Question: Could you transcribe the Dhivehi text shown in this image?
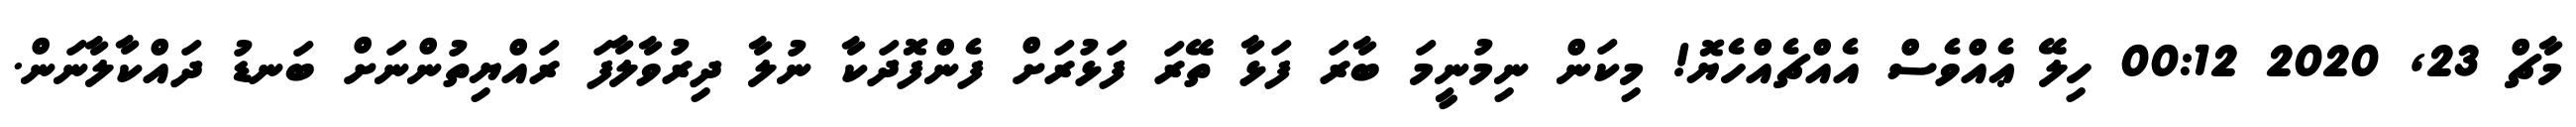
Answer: މާޗް 23, 2020 00:12 ހިލޭ ޢެއްވެސް އެއްޗެއްހެޔޮ! މިކަން ނިމުނީމަ ބާރަ ފަޅާ ތޭރަ ފަޅުރަށް ފެންފޮދަކާ ނުލާ ދިރުވާލާފަ ރައްޔިތުންނަށް ބަނޑު ދައްކާލާނަން.